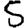
Digit: 5